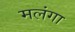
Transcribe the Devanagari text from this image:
मलंगा